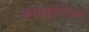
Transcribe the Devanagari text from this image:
कार्थइसिअर